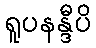
ရူပနန္ဒီပိ